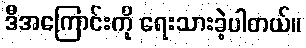
ဒီအကြောင်းကို ရေးသားခဲ့ပါတယ်။